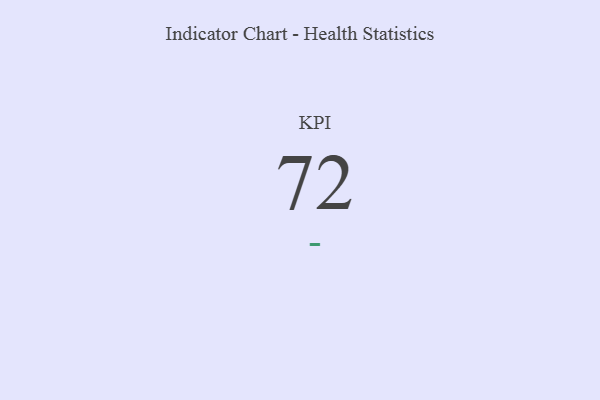
{"axis": {"x": "KPI", "y": "Value"}, "legend": [""], "data": [{"x": "KPI", "y": 72, "type": ""}]}